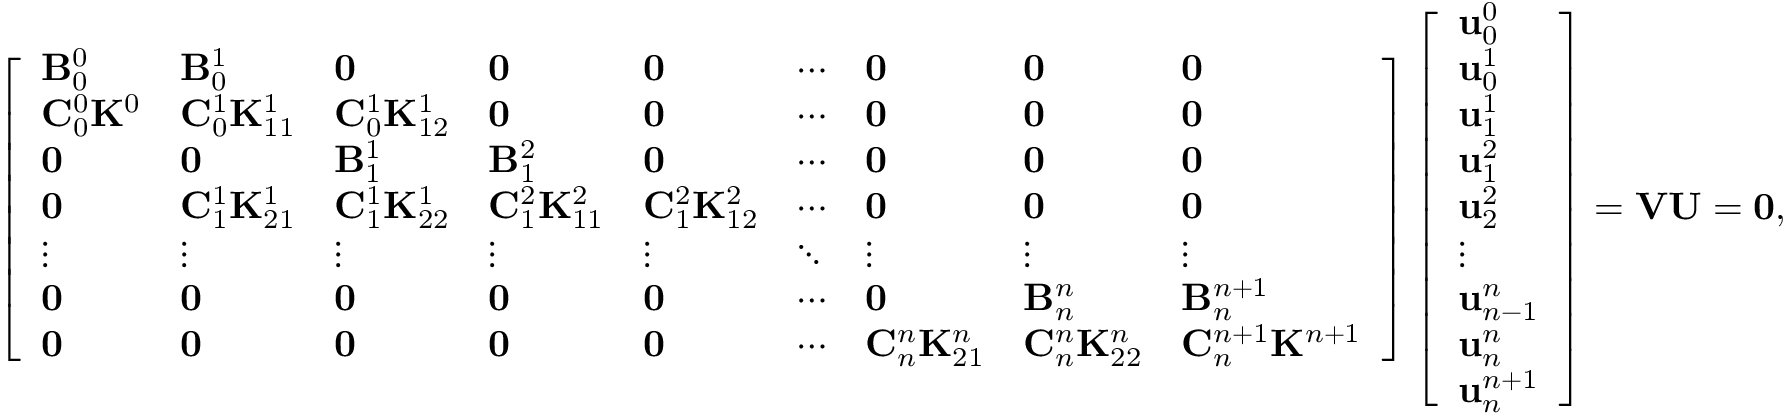
\left[ \begin{array} { l l l l l l l l l } { \mathbf { B } _ { 0 } ^ { 0 } } & { \mathbf { B } _ { 0 } ^ { 1 } } & { \mathbf { 0 } } & { \mathbf { 0 } } & { \mathbf { 0 } } & { \cdots } & { \mathbf { 0 } } & { \mathbf { 0 } } & { \mathbf { 0 } } \\ { \mathbf { C } _ { 0 } ^ { 0 } \mathbf { K } ^ { 0 } } & { \mathbf { C } _ { 0 } ^ { 1 } \mathbf { K } _ { 1 1 } ^ { 1 } } & { \mathbf { C } _ { 0 } ^ { 1 } \mathbf { K } _ { 1 2 } ^ { 1 } } & { \mathbf { 0 } } & { \mathbf { 0 } } & { \cdots } & { \mathbf { 0 } } & { \mathbf { 0 } } & { \mathbf { 0 } } \\ { \mathbf { 0 } } & { \mathbf { 0 } } & { \mathbf { B } _ { 1 } ^ { 1 } } & { \mathbf { B } _ { 1 } ^ { 2 } } & { \mathbf { 0 } } & { \cdots } & { \mathbf { 0 } } & { \mathbf { 0 } } & { \mathbf { 0 } } \\ { \mathbf { 0 } } & { \mathbf { C } _ { 1 } ^ { 1 } \mathbf { K } _ { 2 1 } ^ { 1 } } & { \mathbf { C } _ { 1 } ^ { 1 } \mathbf { K } _ { 2 2 } ^ { 1 } } & { \mathbf { C } _ { 1 } ^ { 2 } \mathbf { K } _ { 1 1 } ^ { 2 } } & { \mathbf { C } _ { 1 } ^ { 2 } \mathbf { K } _ { 1 2 } ^ { 2 } } & { \cdots } & { \mathbf { 0 } } & { \mathbf { 0 } } & { \mathbf { 0 } } \\ { \vdots } & { \vdots } & { \vdots } & { \vdots } & { \vdots } & { \ddots } & { \vdots } & { \vdots } & { \vdots } \\ { \mathbf { 0 } } & { \mathbf { 0 } } & { \mathbf { 0 } } & { \mathbf { 0 } } & { \mathbf { 0 } } & { \cdots } & { \mathbf { 0 } } & { \mathbf { B } _ { n } ^ { n } } & { \mathbf { B } _ { n } ^ { n + 1 } } \\ { \mathbf { 0 } } & { \mathbf { 0 } } & { \mathbf { 0 } } & { \mathbf { 0 } } & { \mathbf { 0 } } & { \cdots } & { \mathbf { C } _ { n } ^ { n } \mathbf { K } _ { 2 1 } ^ { n } } & { \mathbf { C } _ { n } ^ { n } \mathbf { K } _ { 2 2 } ^ { n } } & { \mathbf { C } _ { n } ^ { n + 1 } \mathbf { K } ^ { n + 1 } } \end{array} \right] \left[ \begin{array} { l } { \mathbf { u } _ { 0 } ^ { 0 } } \\ { \mathbf { u } _ { 0 } ^ { 1 } } \\ { \mathbf { u } _ { 1 } ^ { 1 } } \\ { \mathbf { u } _ { 1 } ^ { 2 } } \\ { \mathbf { u } _ { 2 } ^ { 2 } } \\ { \vdots } \\ { \mathbf { u } _ { n - 1 } ^ { n } } \\ { \mathbf { u } _ { n } ^ { n } } \\ { \mathbf { u } _ { n } ^ { n + 1 } } \end{array} \right] = \mathbf { V } \mathbf { U } = \mathbf { 0 } ,